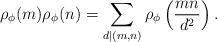
\begin{align*} \rho_\phi(m)\rho_\phi(n) = \sum_{d|(m,n)} \rho_\phi\left(\frac{mn}{d^2}\right).\end{align*}